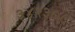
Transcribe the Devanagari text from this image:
३४२३०८